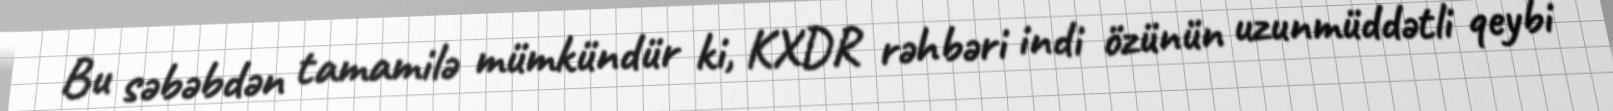
Bu səbəbdən tamamilə mümkündür ki, KXDR rəhbəri indi özünün uzunmüddətli qeybi